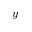
y